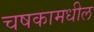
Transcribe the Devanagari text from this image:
चषकामधील